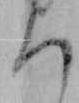
ち